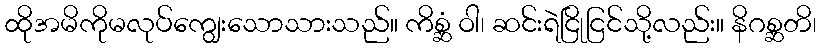
ထိုအမိကိုမလုပ်ကျွေးသောသားသည်။ ကိစ္ဆံ ဝါ၊ ဆင်းရဲငြိုငြင်သို့လည်း။ နိဂစ္ဆတိ၊